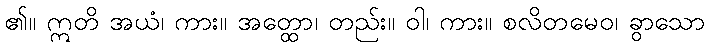
၏။ ဣတိ အယံ၊ ကား။ အတ္ထော၊ တည်း။ ဝါ၊ ကား။ စလိတမေဝ၊ ခွာသော